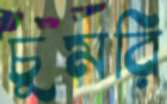
চুমরি